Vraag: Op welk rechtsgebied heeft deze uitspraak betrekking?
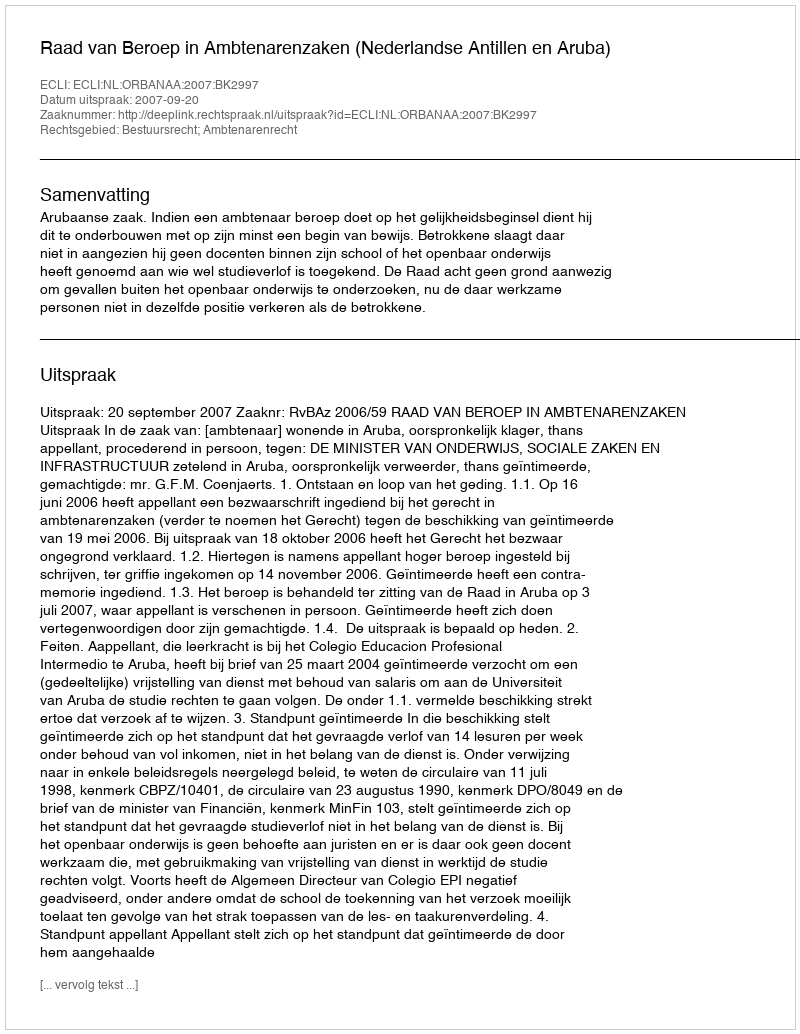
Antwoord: Bestuursrecht; Ambtenarenrecht